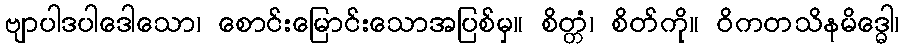
ဗျာပါဒပါဒေါသော၊ စောင်းမြောင်းသောအပြစ်မှ။ စိတ္တံ၊ စိတ်ကို။ ဝိကတသိနမိဒ္ဓေါ၊